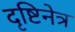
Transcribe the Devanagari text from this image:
दृष्टिनेत्र